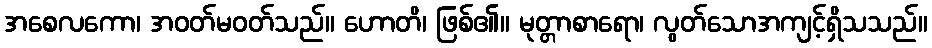
အစေလကော၊ အဝတ်မဝတ်သည်။ ဟောတိ၊ ဖြစ်၏။ မုတ္တာစာရော၊ လွတ်သောအကျင့်ရှိသသည်။